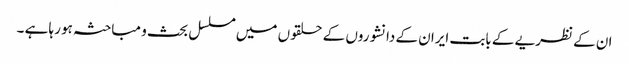
ان کے نظریے کے بابت ایران کے دانشوروں کے حلقوں میں مسلسل بحث و مباحثہ ہو رہا ہے ۔